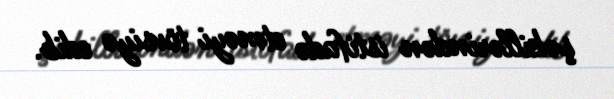
şəkillərindən istifadə etməyi tövsiyə edib.